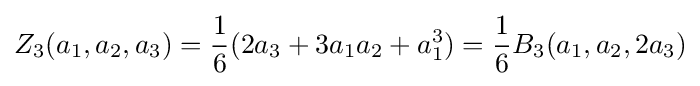
Z_{3}(a_{1},a_{2},a_{3})={1 \over 6}(2a_{3}+3a_{1}a_{2}+a_{1}^{3})={1 \over 6}B_{3}(a_{1},a_{2},2a_{3})